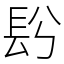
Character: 䦇